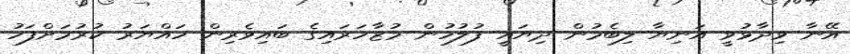
އޭނާ ވިދާޅުވީ އަނިޔާ ލިބެމުން ދިޔައީ ފުލުހުން މުޒާހަރައިގެ ބައިވެރިން ހައްޔަރު ކުރުމަށްފަހު